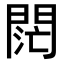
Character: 𨴤